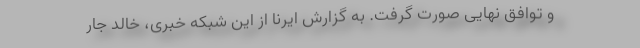
و توافق نهایی صورت گرفت. به گزارش ایرنا از این شبکه خبری، خالد جار